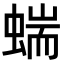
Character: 𧍒